Vaccination North-Western Provinces and Oudh 1878-1895 - 1878-1895
Year: 1878
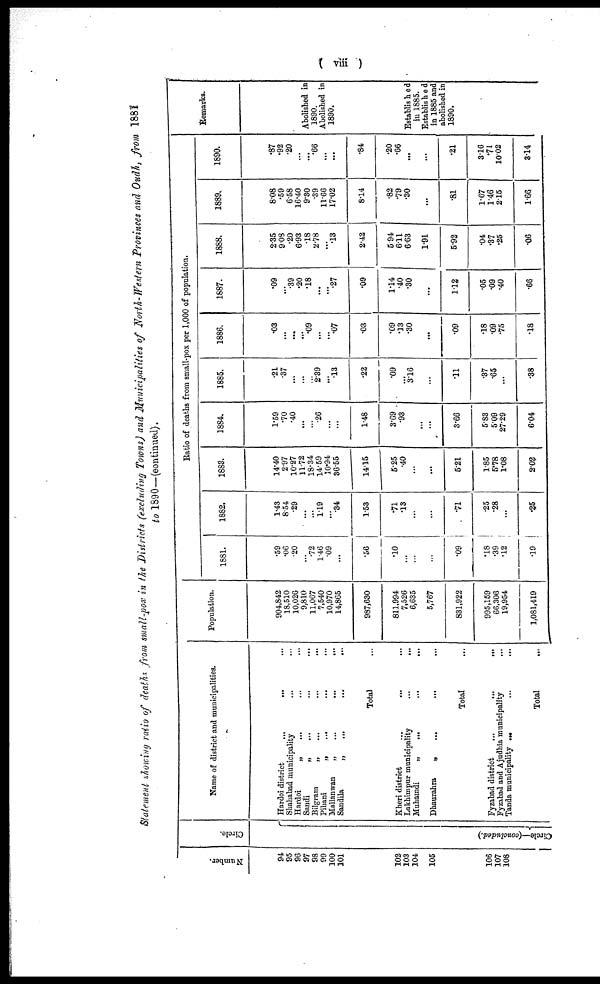
( viii )
Statement showing ratio of deaths from small-pox in the Districts (excluding Towns) and Municipalities of North-Western Provinces and Oudh, from 1881
to 1890—(continued).
Number.
94
95
96
97
98
99
100
101
102
103
104
105
106
107
108
Circle.
Circle—(concluded.)
Name of district and municipalities.
Hardoi district ... ... ...
Shahabad municipality ... ... ...
Hardoi „ ... ... ...
Sandi „ ... ... ...
Bilgram „ ... ... ...
Pihani „ ... ... ...
Mallanwan
„
...
...
...
Sandila
„
...
...
...
Total ...
Kheri district ... ... ...
Lakhimpur municipality
...
...
...
Muhamdi
„
...
...
...
Dhaurahra
„
...
...
...
Total ...
Fyzabad district
...
...
...
Fyzabad and Ajundhia municipality ...
Tanda municipality ... ... ...
Total ...
Population.
904,842
18,510
10,026
9,810
11,067
7,540
10,970
14,865
987,630
811,994
7,526
6,635
5,767
831,922
995,159
66,306
19,954
1,081,419
Ratio of deaths from small-pox per 1,000 of population.
1881.
.59
.06
.20
...
.72
1.46
.09
...
.56
.10
...
...
...
.09
.18
.39
.12
.19
1882.
1.43
8.54
.29
...
. ..
1.19
...
.34
1.53
.71
.13
...
...
.71
.25
.28
...
.25
1883.
14.40
2.97
10.27
11.72
18.34
14.59
10.94
36.55
14.15
5.25
.40
...
...
5.21
1.85
5.78
1.08
2.02
1884.
1.59
.70
.40
...
...
.26
...
...
1.48
3.69
.93
...
...
3.66
5.83
5.09
27.29
6.04
1885.
.21
.37
...
...
...
2.39
...
.13
.22
.09
...
3.16
.11
.37
.65
...
.38
1886.
.03
...
...
...
.09
...
...
.07
.03
.09
.13
.30
...
.09
.18
.09
.75
.18
1887.
.09
...
.39
.20
.18
...
...
.27
.09
1.14
.40
.30
...
1.12
.05
.09
.40
.66
1888.
2.35
9.08
.20
6.93
.18
2.78
...
.13
2.42
5.94
6.11
6.63
1.91
5.93
.04
.37
.25
.06
1889.
8.08
.59
6.58
16.40
9.30
.39
11.66
17.02
8.14
.82
.79
.30
...
.81
1.67
1.46
2.15
1.66
1890.
.87
.92
.20
...
...
.66
...
...
.84
.20
.66
...
...
.21
3.16
.71
10.02
3.14
Remarks.
Abolished in
1890.
Abolished in
1890.
Established
in 1885.
Established
in 1885 and
abolished in
1890.